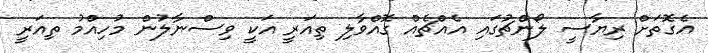
އެގޮތަށް ރިޔާސީ ލޯންޗުގައި އެއްޗެއް ގޮއްވާލި ތިއަރީ އަކީ ވިސްނާލުން މުހިއްމު ތިއަރީ